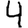
Digit: 4